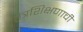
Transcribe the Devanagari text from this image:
तंत्रशिक्षणाची